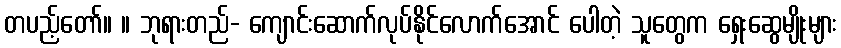
တပည့်တော်။ ။ ဘုရားတည်- ကျောင်းဆောက်လုပ်နိုင်လောက်အောင် ပေါတဲ့ သူတွေက ရှေးဆွေမျိုးများ